Indian journal of veterinary science and animal husbandry - Volumes 22-23, 1952-1953
Year: 1952
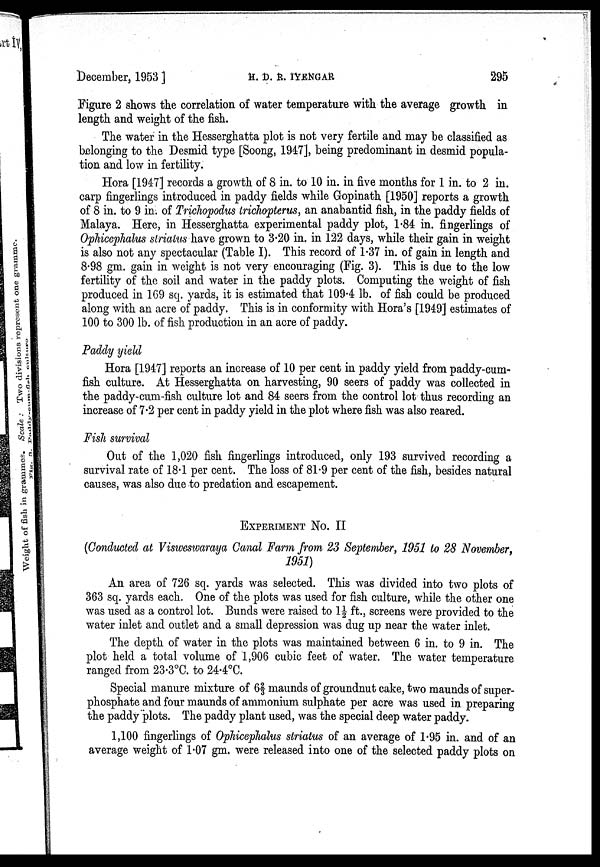
December, 1953]
H.
D.
R.
IYENGAR
295
Figure 2 shows the correlation of water temperature with the average growth in
length and weight of the fish.
The water in the Hesserghatta plot is not very fertile and may be classified as
belonging to the Desmid type [Soong, 1947], being predominant in desmid popula-
tion and low in fertility.
Hora [1947] records a growth of 8 in. to 10 in. in five months for 1 in. to 2 in.
carp fingerlings introduced in paddy fields while Gopinath [1950] reports a growth
of 8 in. to 9 in. of Trichopodus trichopterus, an anabantid fish, in the paddy fields of
Malaya. Here, in Hesserghatta experimental paddy plot, 1.84 in. fingerlings of
Ophicephalus striatus have grown to 3.20 in. in 122 days, while their gain in weight
is also not any spectacular (Table I). This record of 1.37 in. of gain in length and
8.98 gm. gain in weight is not very encouraging (Fig. 3). This is due to the low
fertility of the soil and water in the paddy plots. Computing the weight of fish
produced in 169 sq. yards, it is estimated that 109.4 lb. of fish could be produced
along with an acre of paddy. This is in conformity with Hora's [1949] estimates of
100 to 300 lb. of fish production in an acre of paddy.
Paddy yield
Hora [1947] reports an increase of 10 per cent in paddy yield from paddy-cum-
fish culture. At Hesserghatta on harvesting, 90 seers of paddy was collected in
the paddy-cum-fish culture lot and 84 seers from the control lot thus recording an
increase of 7.2 per cent in paddy yield in the plot where fish was also reared.
Fish survival
Out of the 1,020 fish fingerlings introduced, only 193 survived recording a
survival rate of 18.1 per cent. The loss of 81.9 per cent of the fish, besides natural
causes, was also due to predation and escapement.
EXPERIMENT No. II
(Conducted at Visweswaraya Canal Farm from 23 September, 1951 to 28 November,
1951)
An area of 726 sq. yards was selected. This was divided into two plots of
363 sq. yards each. One of the plots was used for fish culture, while the other one
was used as a control lot. Bunds were raised to 1½ ft., screens were provided to the
water inlet and outlet and a small depression was dug up near the water inlet.
The depth of water in the plots was maintained between 6 in. to 9 in. The
plot held a total volume of 1,906 cubic feet of water. The water temperature
ranged from 23.3ºC. to 24.4ºC.
Special manure mixture of 6 2/3 maunds of groundnut cake, two maunds of super-
phosphate and four maunds of ammonium sulphate per acre was used in preparing
the paddy plots. The paddy plant used, was the special deep water paddy.
1,100 fingerlings of Ophicephalus striatus of an average of 1.95 in. and of an
average weight of 1.07 gm. were released into one of the selected paddy plots on